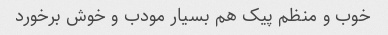
خوب و منظم پیک هم بسیار مودب و خوش برخورد